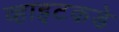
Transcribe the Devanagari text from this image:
व्हाइटकडे